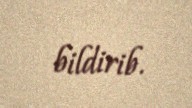
bildirib.